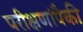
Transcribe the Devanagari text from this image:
परीक्षणांपैकी